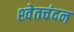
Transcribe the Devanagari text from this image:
श्‍वेतचंदन